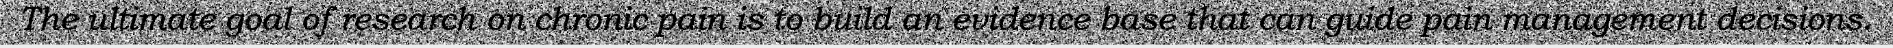
The ultimate goal of research on chronic pain is to build an evidence base that can guide pain management decisions.